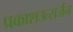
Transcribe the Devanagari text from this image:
प्रकाशउत्सर्जन